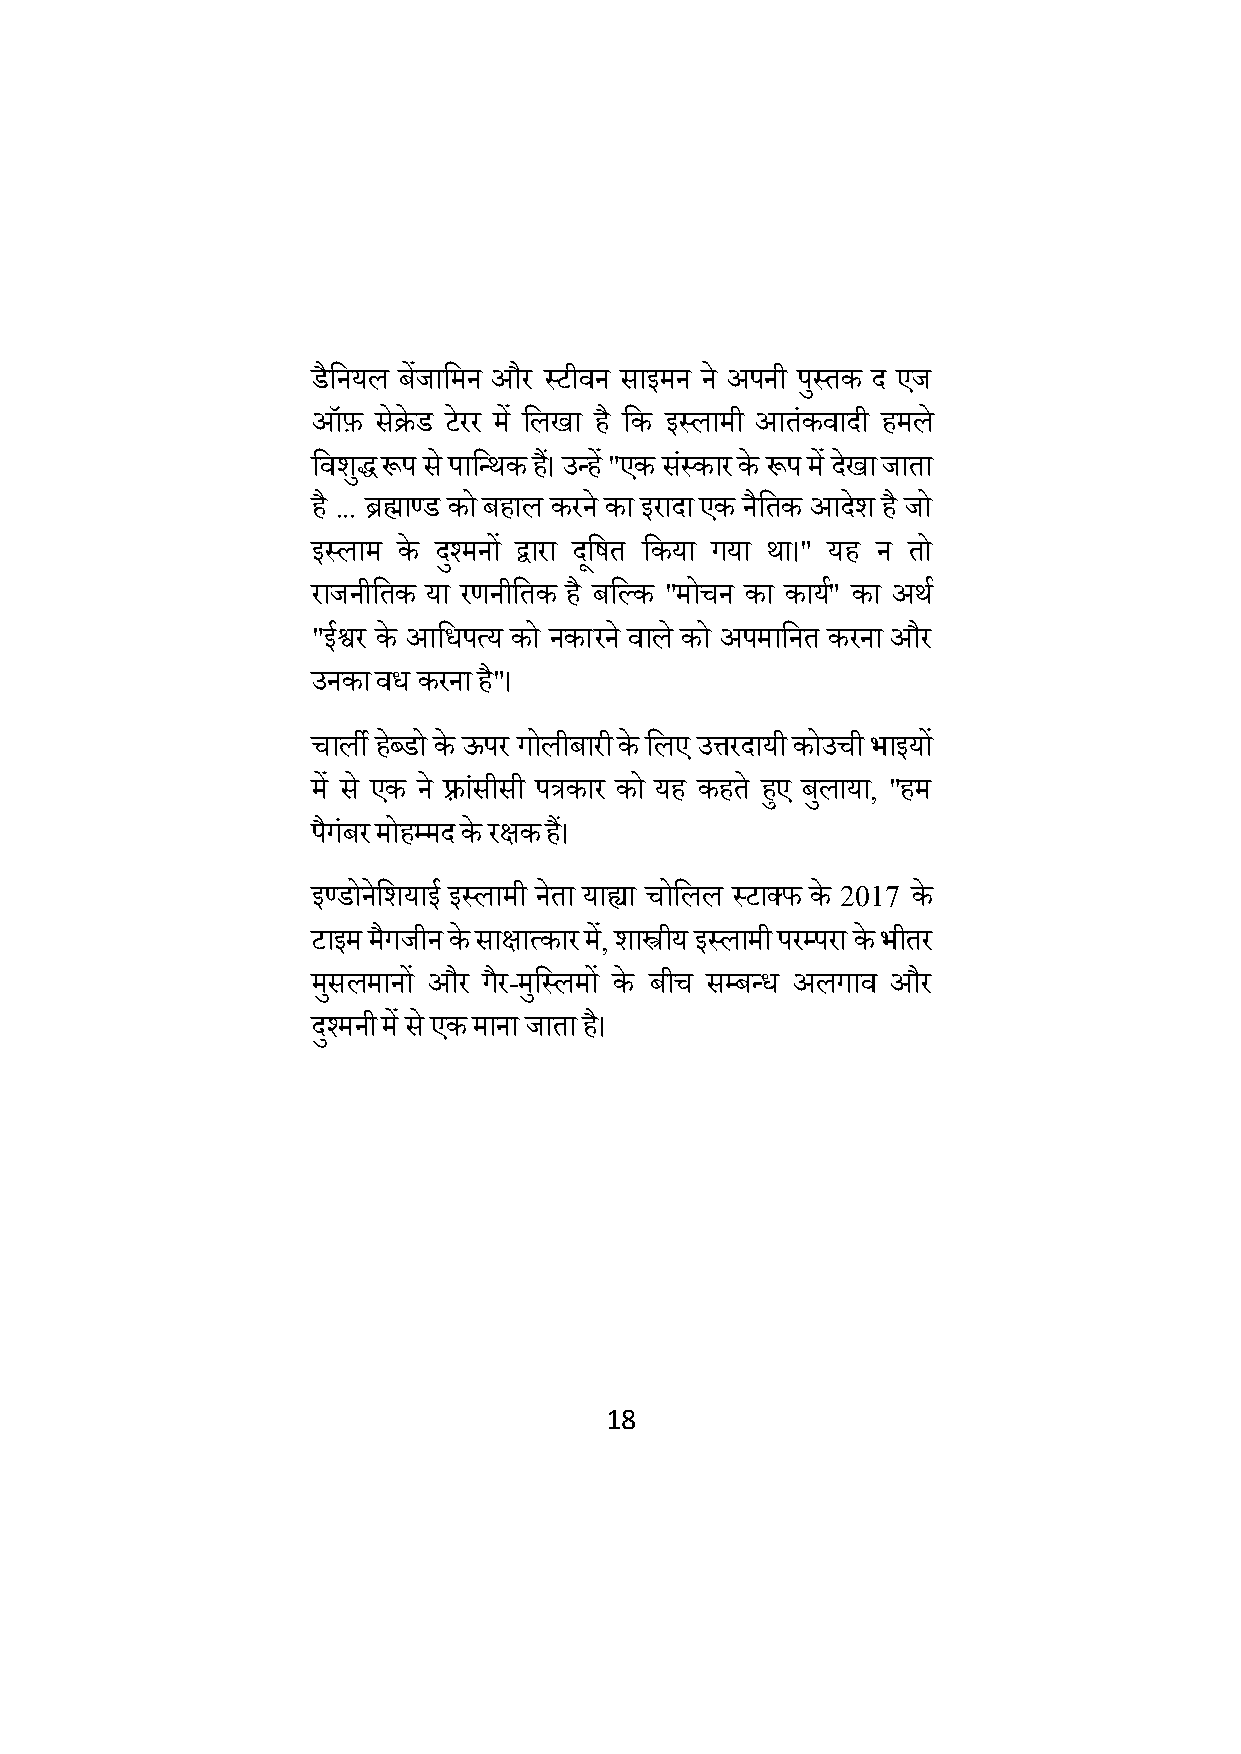
डैक्षनयल बेंजाक्षमन और लिीवन साइमन न े अपनी पलु तक द एज
 ऑफ़  सेिेड िेरर म ें क्षलखा है क्षक इललामी आतंकवादी हमल े
 क्षविद्ु रूप से पाक्षन्थक ह।ैं उन्ह ें "एक संलकार के रूप म ें देखा जाता
 है ... ब्रह्माण्ड को बहाल करन े का इरादा एक नैक्षतक आदेि है जो
 इललाम के दश्ु मनों द्वारा दक्षू षत क्षकया गया था।" यह न तो
 राजनीक्षतक या रणनीक्षतक है बक्षकक "मोचन का काय"म का अथ म
 "ईश्वर के आक्षधपत्य को नकारन े वाल े को अपमाक्षनत करना और
 उनका वध करना है"।
 चाली हब्े डो के ऊपर गोलीबारी के क्षलए उत्तरदायी कोउची भाइयों
 में से एक ने फ़्रांसीसी पत्रकार को यह कहत े हुए बुलाया, "हम
 पैगंबर मोहम्मद के रिक ह।ैं
 इण्डोनेक्षियाई इललामी नेता याह्या चोक्षलल लिाक्र् के 2017 के
 िाइम मैगजीन के सािात्कार में, िास्त्रीय इललामी परम्परा के भीतर
 मसु लमानों और गैर-मक्षु ललमों के बीच सम्बन्ध अलगाव और
 दश्ु मनी में से एक माना जाता ह।ै
 18